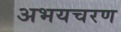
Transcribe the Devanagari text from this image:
अभयचरण